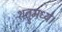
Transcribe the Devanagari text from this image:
शत्रुमध्ये।